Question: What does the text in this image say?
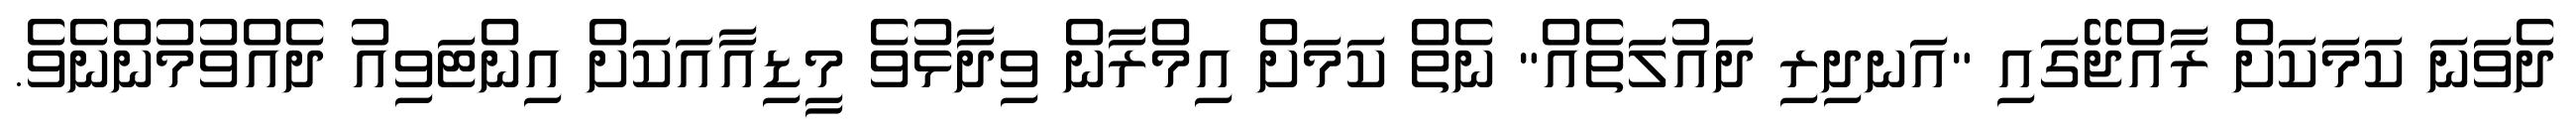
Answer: ދެވަނަ ކަމަކަށް ރާއްޖޭގައި "އަނދިރި ދައުލަތެއް" ނެތް ކަމަށް އިމްރާން ވިދާޅުވެ މީޑިއާއަކަށް އިންޓަވިއު ދެއްވުމުންނެވެ.